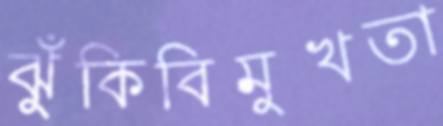
ঝুঁকিবিমুখতা